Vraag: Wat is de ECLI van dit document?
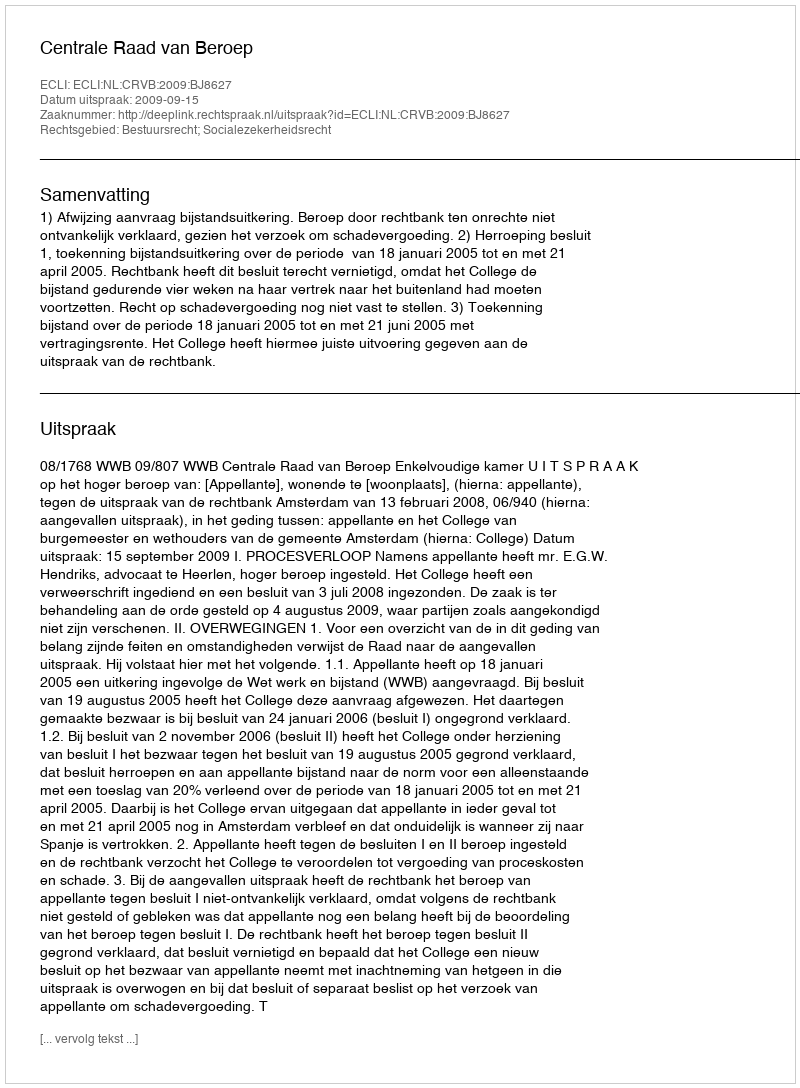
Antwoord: ECLI:NL:CRVB:2009:BJ8627